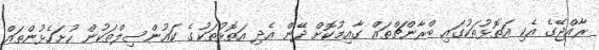
ރާއްޖޭގެ އެކި އަތޮޅުތަކުގައި ބްރާންޗްތައް ގާއިމުކޮށް ދޭން އެދި އަތޮޅުތަކުގެ ކައުންސިލްތަކުން ހުށަހެޅުންތައް